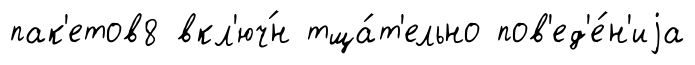
пак'етов8 вкл'юч́н тща́т'ельно пов'ед'е́н'иjа